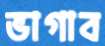
ভাগাব